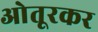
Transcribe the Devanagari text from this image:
ओतूरकर